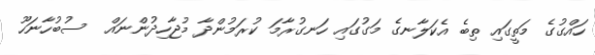
ހައްގުގެ މަތީގައި ތިބެ އެކަލާނގެ މަގުގައި ހަނގުރާމަ ކުރަމުންދާ މުޖާހިދުންނައް  ސުބުހާނަހޫ